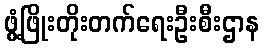
ဖွံ့ဖြိုးတိုးတက်ရေးဦးစီးဌာန